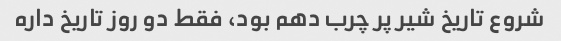
شروع تاریخ شیر پر چرب دهم بود، فقط دو روز تاریخ داره